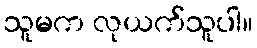
သူမက လုယက်သူပါ။